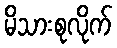
မိသားစုလိုက်